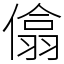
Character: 㒆